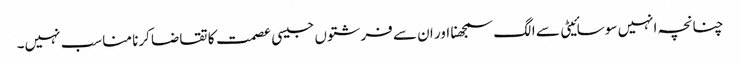
چنانچہ انہیں سوسائیٹی سے الگ سمجھنا اور ان سے فرشتوں جیسی عصمت کا تقاضا کرنا مناسب نہیں۔